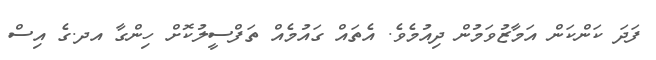
ފަދަ ކަންކަން އަމާޒުވަމުން ދިއުމެވެ. އެތައް ގައުމެއް ތަފްސީލުކޮށް ހިންގާ އދ.ގެ އިސް